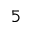
^ { 5 }